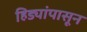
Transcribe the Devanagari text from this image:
हिड्यांपासून